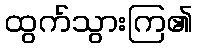
ထွက်သွားကြ၏